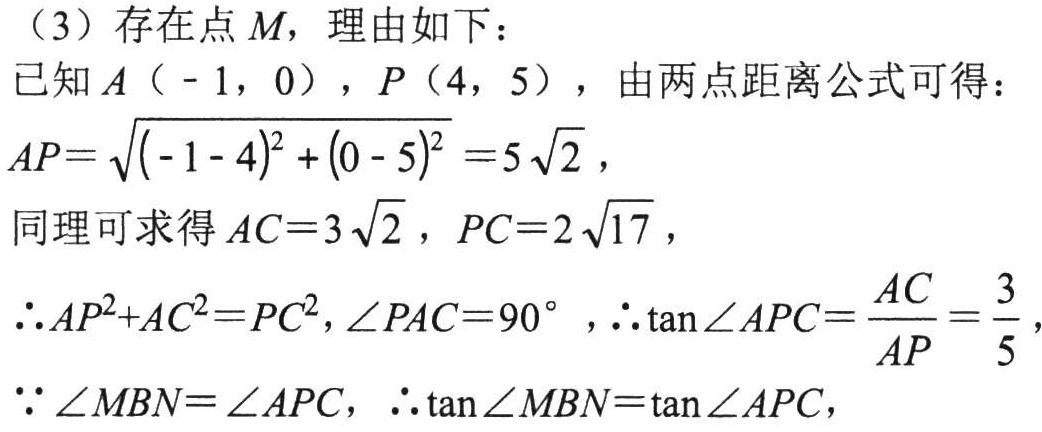
（3）存在点 \(M\)，理由如下：
已知 \(A（ - 1,0）\)，\(P（4,5）\)，由两点距离公式可得：
\(AP = \sqrt{(-1 - 4)^2+(0 - 5)^2}=5\sqrt{2}\)，
同理可求得 \(AC = 3\sqrt{2}\)，\(PC = 2\sqrt{17}\)，
\(\therefore AP^{2}+AC^{2}=PC^{2},\angle PAC = 90^{\circ}\)，\(\therefore \tan\angle APC=\frac{AC}{AP}=\frac{3}{5}\)，
\(\because \angle MBN=\angle APC\)，\(\therefore \tan\angle MBN=\tan\angle APC\)，